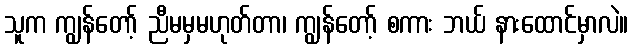
သူက ကျွန်တော့် ညီမမှမဟုတ်တာ၊ ကျွန်တော့် စကား ဘယ် နားထောင်မှာလဲ။